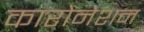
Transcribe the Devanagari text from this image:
कारोनेशन